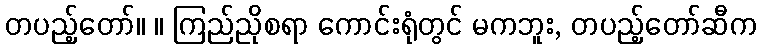
တပည့်တော်။ ။ ကြည်ညိုစရာ ကောင်းရုံတွင် မကဘူး, တပည့်တော်ဆီက